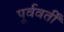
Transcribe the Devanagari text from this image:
पूर्ववर्तीं